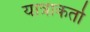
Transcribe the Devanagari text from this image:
यात्राकर्ता